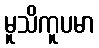
မူသိကူပမာ